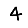
Digit: 4